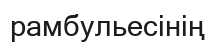
рамбульесінің